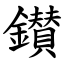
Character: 鑚